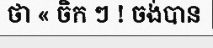
ថា « ចិក ៗ ! ចង់បាន